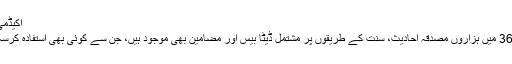
اکیڈمی 365
مسلم 365 میں ہزاروں مصدقہ احادیث، سنت کے طریقوں پر مشتمل ڈیٹا بیس اور مضامین بھی موجود ہیں، جن سے کوئی بھی استفادہ کرسکتا ہے۔